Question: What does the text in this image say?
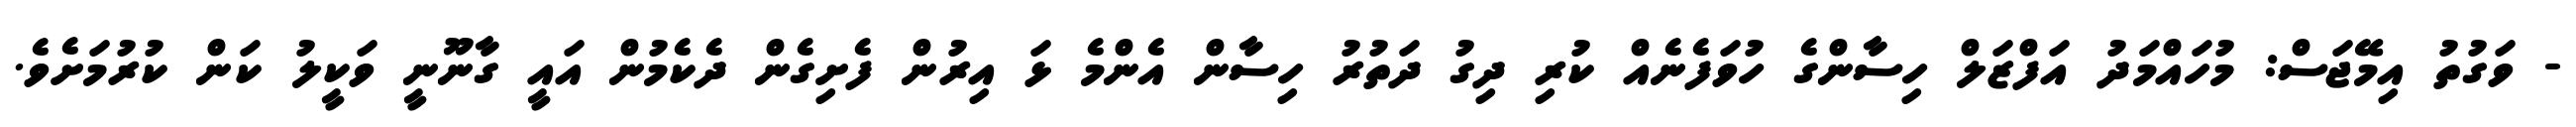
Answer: - ވަގުތު އިމޭޖަސް: މުހައްމަދު އަފްޒަލް ހިސާންގެ ހުވަފެނެއް ކުރި ދިގު ދަތުރު ހިސާން އެންމެ ޅަ އިރުން ފެށިގެން ދެކެމުން އައީ ގާނޫނީ ވަކީލު ކަން ކުރުމަށެވެ.